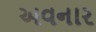
અવનાર